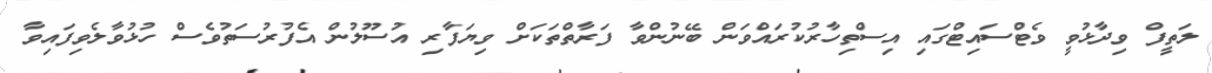
ލަތީފް ވިދާޅުވީ ވެޓްސައިޓްގައި އިސްތިހާރުކުރައްވަން ބޭނުންވާ ފަރާތްތަކަށް ވިޔަފާރި އުސޫލުން އެފުރުސަތުވެސް ހުޅުވާލެވިފައިވާ